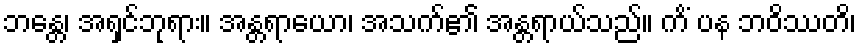
ဘန္တေ၊ အရှင်ဘုရား။ အန္တရာယော၊ အသက်၏ အန္တရာယ်သည်။ ကိံ ပန ဘဝိဿတိ၊